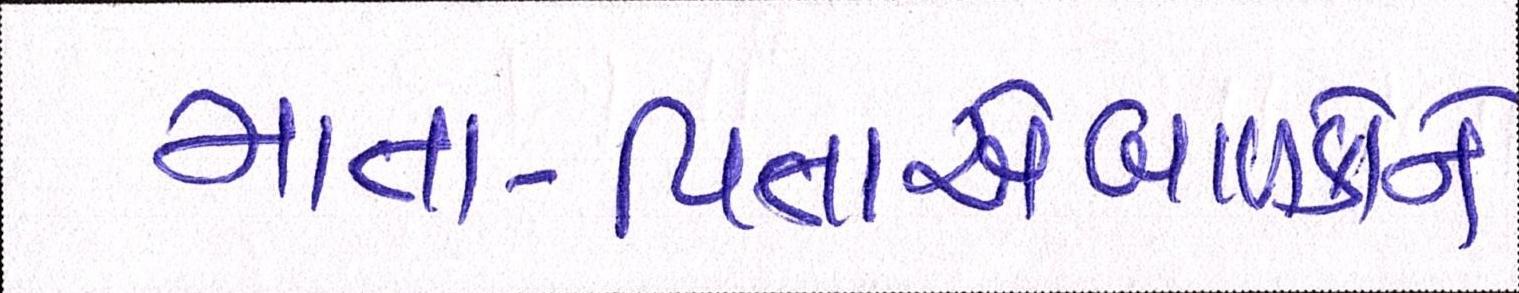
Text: માતા-પિતાએબાળકોને